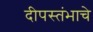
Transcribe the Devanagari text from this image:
दीपस्तंभाचे